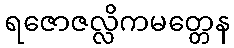
ရဇောဇလ္လိကမတ္တေန